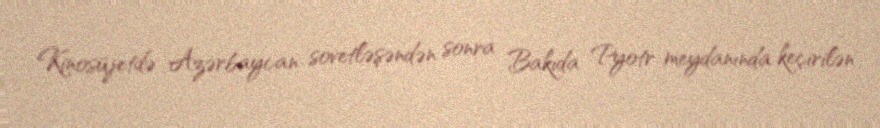
Kinosüjetdə Azərbaycan sovetləşəndən sonra Bakıda Pyotr meydanında keçirilən